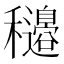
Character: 𥤍